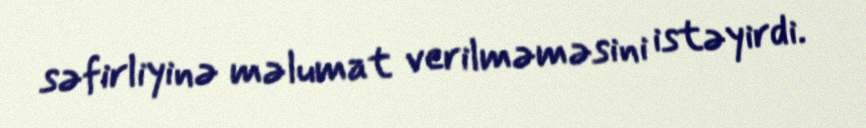
səfirliyinə məlumat verilməməsini istəyirdi.